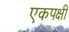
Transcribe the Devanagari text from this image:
एकपक्षी